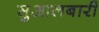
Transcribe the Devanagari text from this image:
सुआलबारी